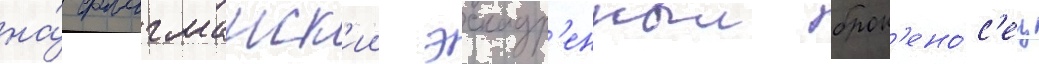
на́ флагманск'ии эскадр'енныи брон'ено́с'ец